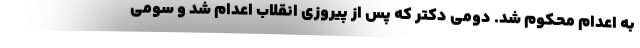
به اعدام محکوم شد. دومی دکتر که پس از پیروزی انقلاب اعدام شد و سومی